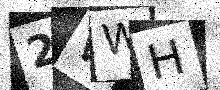
Text: 2WWH